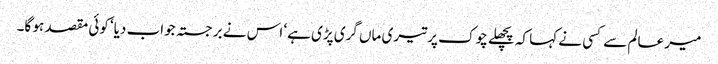
میر عالم سے کسی نے کہا کہ پچھلے چوک پر تیری ماں گری پڑی ہے‘ اس نے برجستہ جواب دیا‘ کوئی مقصد ہو گا۔